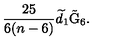
\frac { 2 5 } { 6 ( n - 6 ) } \widetilde { d } _ { 1 } \tilde { \mathrm { G } } _ { 6 } .